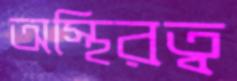
অস্থিরত্ব